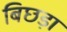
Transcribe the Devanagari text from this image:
बिछड़ा